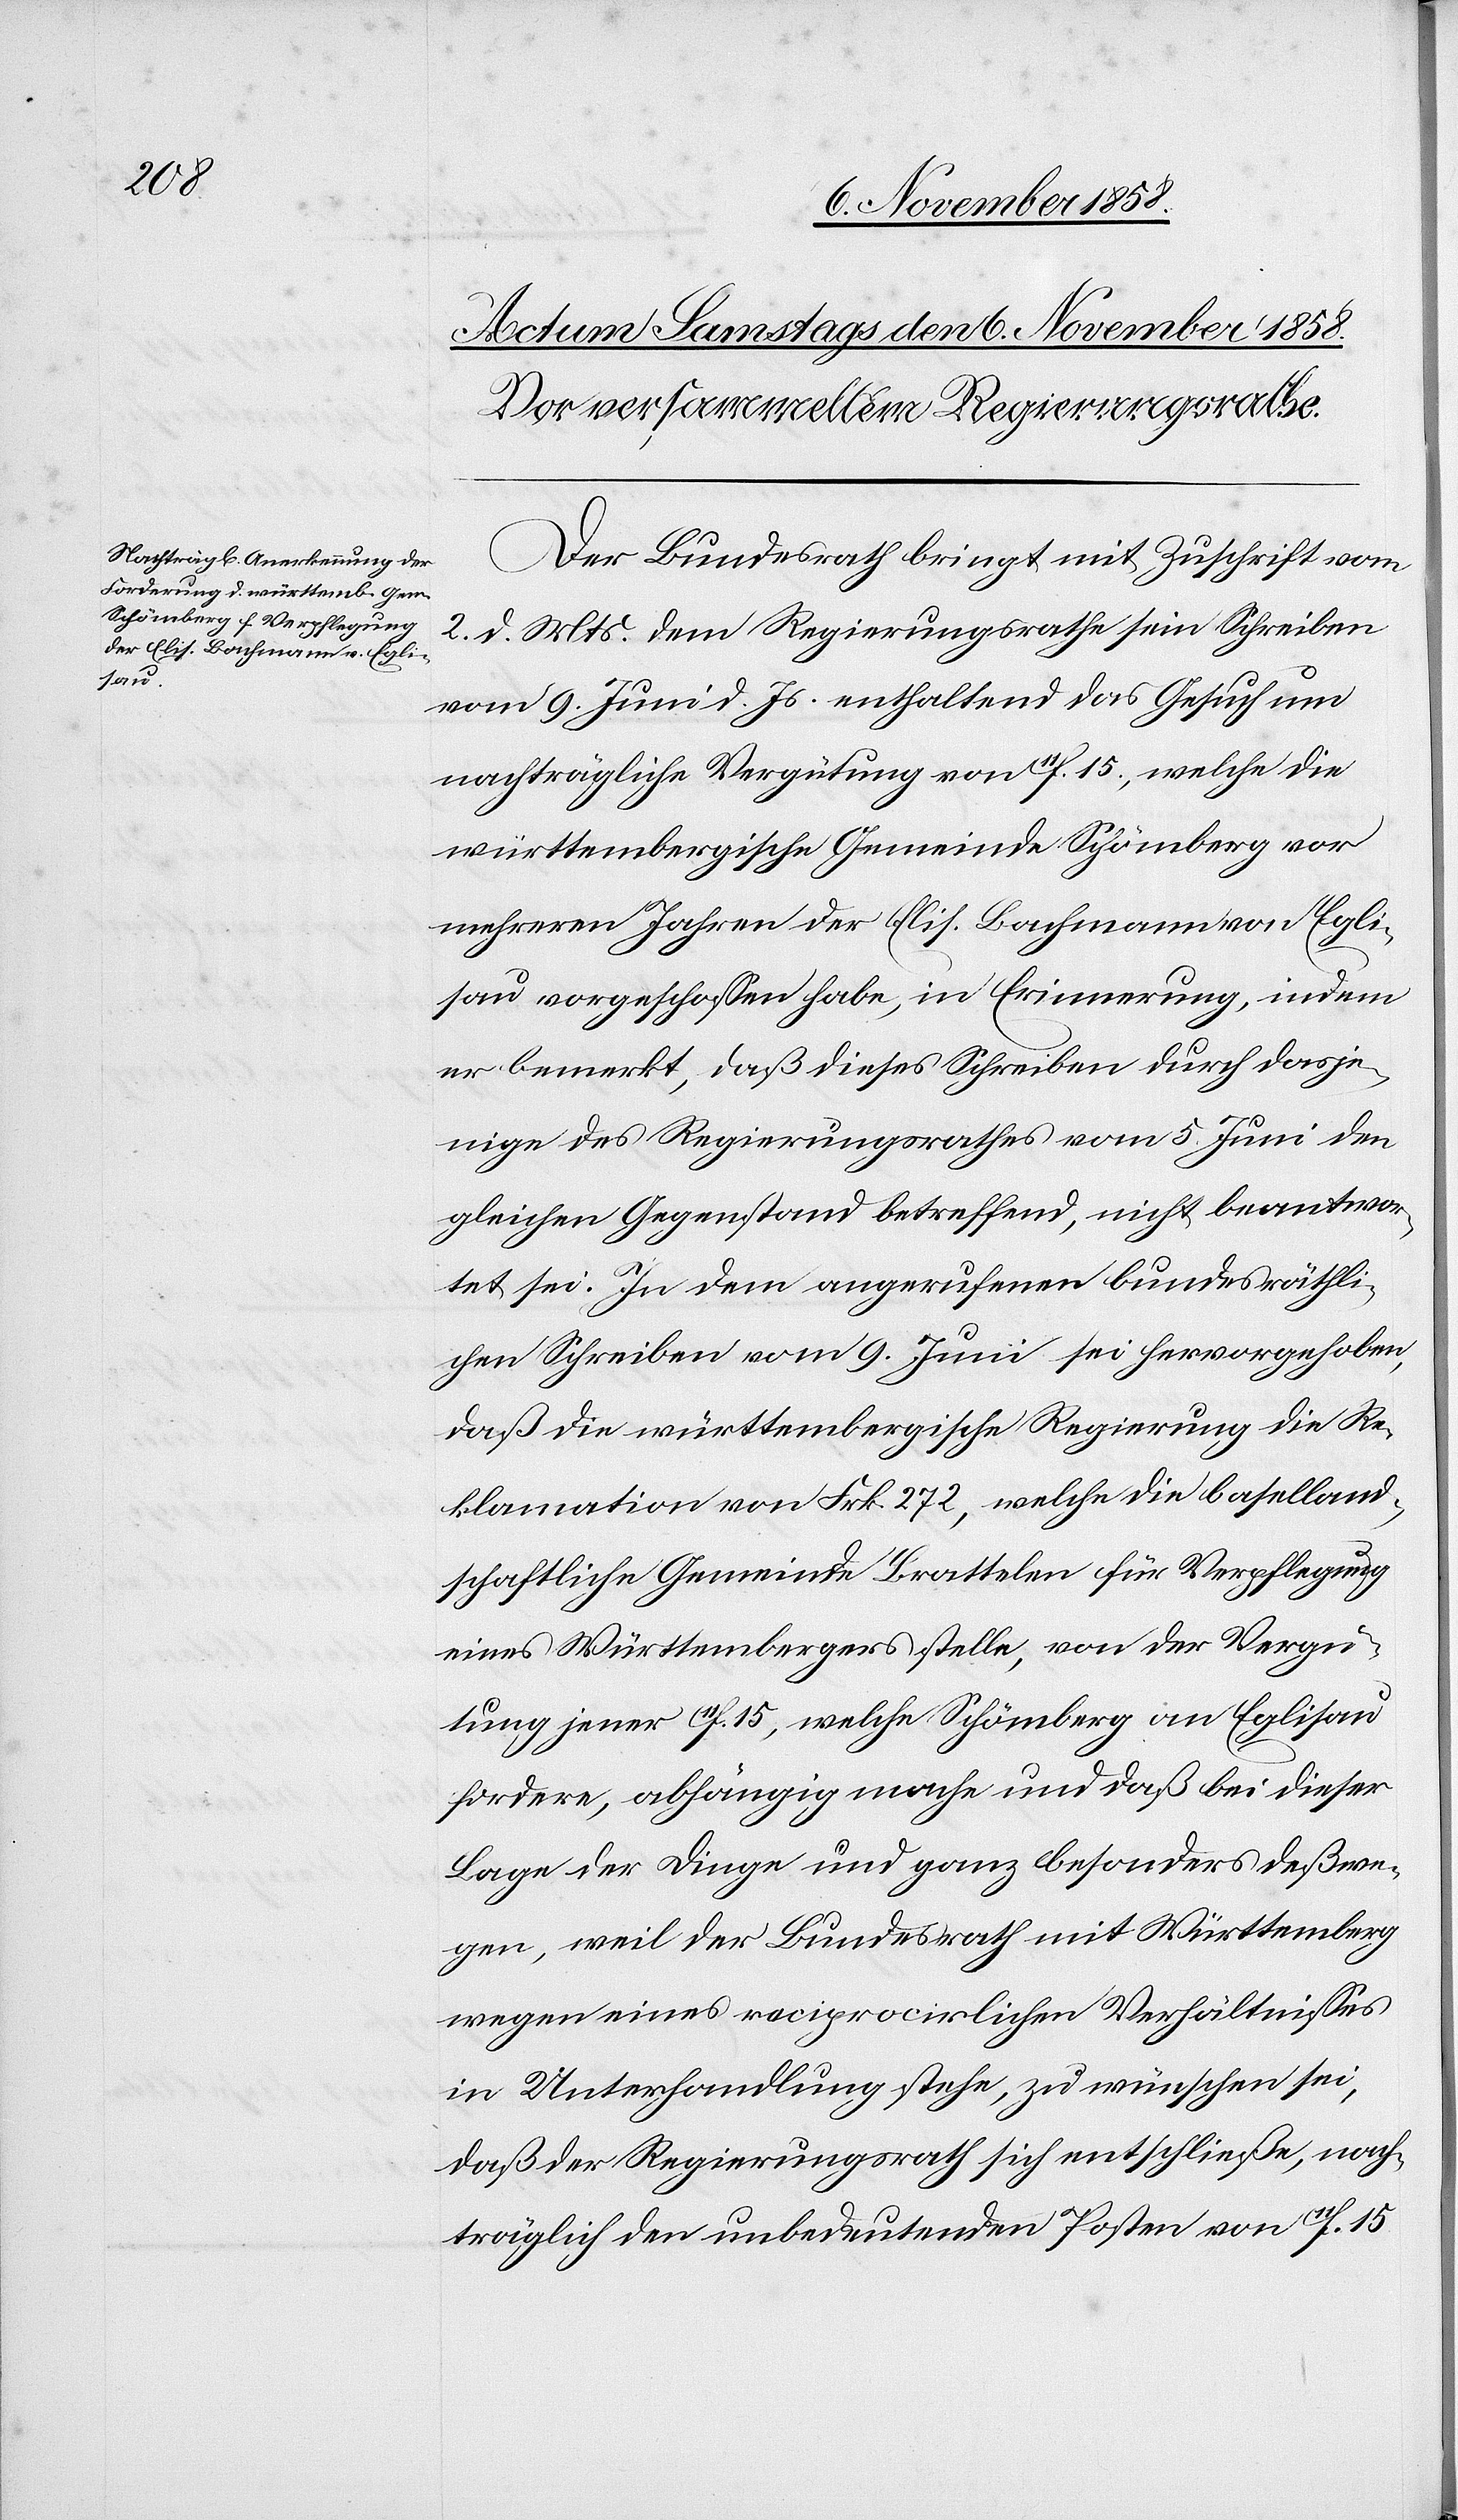
Der Bundesrath bringt mit Zuschrift vom
2. d. Mts. dem Regierungsrathe sein Schreiben
vom 9. Juni d. Js. enthaltend das Gesuch um
nachträgliche Vergütung von 11f. 15., welche die
württembergische Gemeinde Schömberg vor
mehreren Jahren der Elis. Bachmann von Egli¬
sau vorgeschossen habe, in Erinnerung, indem
er bemerkt, daß dieses Schreiben durch dasje¬
nige des Regierungsrathes vom 5. Juni den
gleichen Gegenstand betreffend, nicht beantwor¬
tet sei. In dem angerufenen bundesräthli¬
chen Schreiben vom 9. Juni sei hervorgehoben,
daß die württembergische Regierung die Re¬
klamation von Frk. 272, welche die baselland¬
schaftliche Gemeinde Brattelen für Verpflegung
eines Württembergers stelle, von der Vergü¬
tung jener 11f. 15., welche Schömberg an Eglisau
fordere, abhängig mache und daß bei dieser
Lage der Dinge und ganz besonders deßwe¬
gen, weil der Bundesrath mit Württemberg
wegen eines reciprocirlichen Verhältnisses
in Unterhandlung stehe, zu wünschen sei,
daß der Regierungsrath sich entschließe, nach¬
träglich den unbedeutenden Posten von 11f. 15.